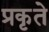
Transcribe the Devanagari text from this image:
प्रकृते